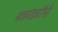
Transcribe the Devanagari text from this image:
भक्तमंडळींनी